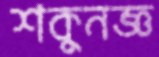
শকুনজ্ঞ